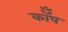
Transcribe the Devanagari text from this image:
कॉँप